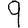
Digit: 9